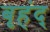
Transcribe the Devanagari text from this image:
बृहंद्